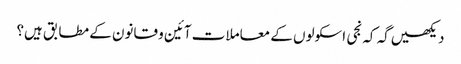
دیکھیں گہ کہ نجی اسکولوں کے معاملات آئین و قانون کے مطابق ہیں؟